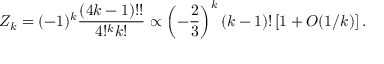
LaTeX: Z _ { k } = ( - 1 ) ^ { k } { \frac { ( 4 k - 1 ) ! ! } { 4 ! ^ { k } k ! } } \propto \left( - { \frac { 2 } { 3 } } \right) ^ { k } ( k - 1 ) ! \left[ 1 + O ( 1 / k ) \right] .